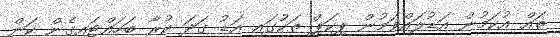
ތައް އުކަމުން އަޑުލައްވަމުން ޕިކަޕް ތަކުގައި އަޑު ގަދަ ކުރާ ބަހައްޓައިގެން ކަން